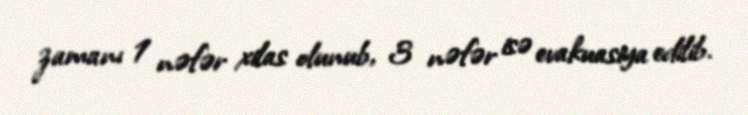
zamanı 1 nəfər xilas olunub, 3 nəfər isə evakuasiya edilib.